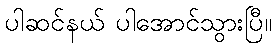
ပါဆင်နယ် ပါအောင်သွားပြီ။